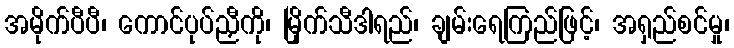
အမိုက်ပီပီ၊ ကောင်ပုပ်ညှီကို၊ မြိုက်သီဒါရည်၊ ချမ်းရေကြည်ဖြင့်၊ အရှည်စင်မှု၊